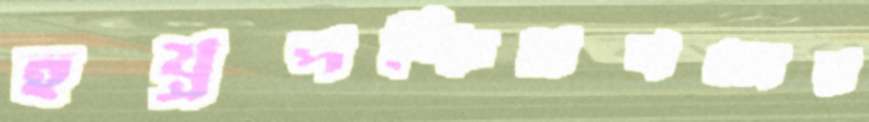
হয়্রপশ্চিমবঙ্গের